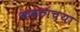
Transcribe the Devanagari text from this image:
कवठाच्या